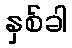
နှစ်ခါ